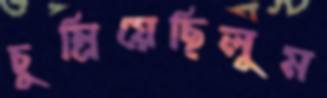
চুম্‌রিয়েছিলুম